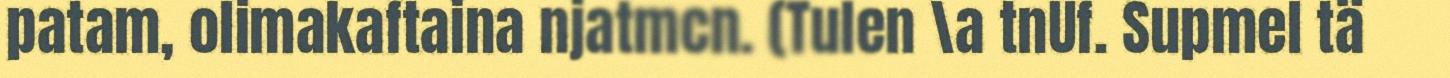
patam, olimakaftaina njatmcn. (Tulen \a tnUf. Supmel tä